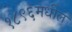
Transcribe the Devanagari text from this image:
१८९६मधील